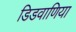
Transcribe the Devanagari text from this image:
डिडवाणिया